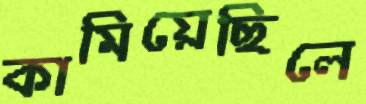
কামিয়েছিলে